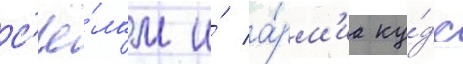
с'ё́лам и́ а́рм'иа ку́дс